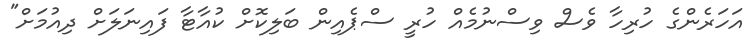
އަހަރެންގެ ހުރިހާ ވެސް ވިސްނުމެއް ހުރީ ސްޕެއިން ބަލިކޮށް ކުއާޓާ ފައިނަލަށް ދިއުމަށް"